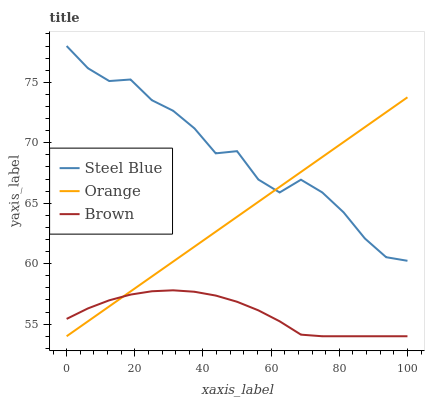
| xaxis_label | Steel Blue | Orange | Brown |
 | --- | --- | --- | --- |
 | 0 | 78 | 54 | 55.4 |
 | 6.25 | 76.2 | 55.2 | 56.3 |
 | 12.5 | 75.1 | 56.5 | 57 |
 | 18.8 | 75.2 | 57.7 | 57.4 |
 | 25 | 73.5 | 58.9 | 57.7 |
 | 31.2 | 72.6 | 60.2 | 57.8 |
 | 37.5 | 71.2 | 61.4 | 57.7 |
 | 43.8 | 69.1 | 62.6 | 57.4 |
 | 50 | 69.3 | 63.9 | 56.9 |
 | 56.2 | 67 | 65.1 | 56.1 |
 | 62.5 | 65.9 | 66.3 | 55.2 |
 | 68.8 | 66.9 | 67.6 | 54.1 |
 | 75 | 65.9 | 68.8 | 54 |
 | 81.2 | 64.2 | 70.1 | 54 |
 | 87.5 | 62.1 | 71.3 | 54 |
 | 93.8 | 60.5 | 72.5 | 54 |
 | 100 | 60.2 | 73.8 | 54 |